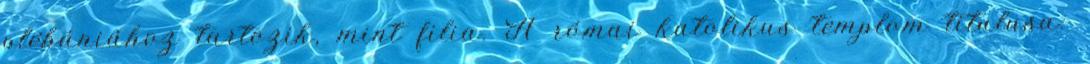
plébániához tartozik, mint filia. A római katolikus templom titulusa: